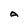
Character: A